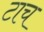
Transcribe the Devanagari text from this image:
टाच